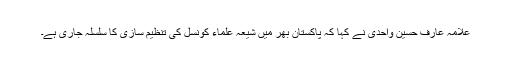
علامہ عارف حسین واحدی نے کہا کہ پاکستان بھر میں شیعہ علماء کونسل کی تنظیم سازی کا سلسلہ جاری ہے۔